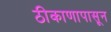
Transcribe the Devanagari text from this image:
ठीकाणापासून